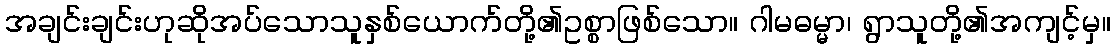
အချင်းချင်းဟုဆိုအပ်သောသူနှစ်ယောက်တို့၏ဥစ္စာဖြစ်သော။ ဂါမဓမ္မာ၊ ရွာသူတို့၏အကျင့်မှ။